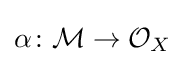
\alpha \colon {\mathcal {M}}\to {\mathcal {O}}_{X}